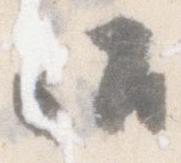
御